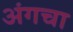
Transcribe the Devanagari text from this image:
अंगचा